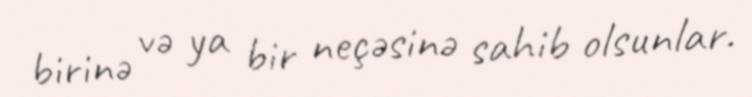
birinə və ya bir neçəsinə sahib olsunlar.